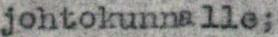
johtokunnalle;